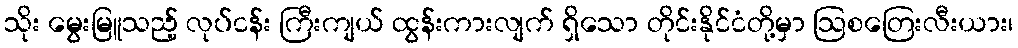
သိုး မွေးမြူသည့် လုပ်ငန်း ကြီးကျယ် ထွန်းကားလျက် ရှိသော တိုင်းနိုင်ငံတို့မှာ ဩစတြေးလီးယား၊